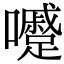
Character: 𡄱